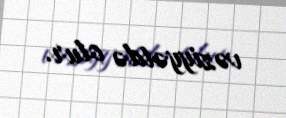
vəziyyətdə olur.